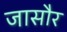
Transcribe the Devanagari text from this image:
जासौर